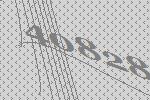
40828